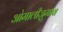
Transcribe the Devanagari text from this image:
ओमालीज़ुमाब